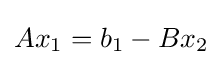
Ax_{1}=b_{1}-Bx_{2}